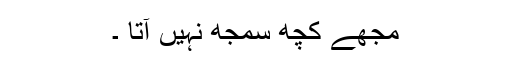
مجھے کچھ سمجھ نہیں آتا ۔